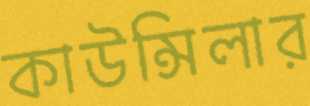
কাউন্সিলার